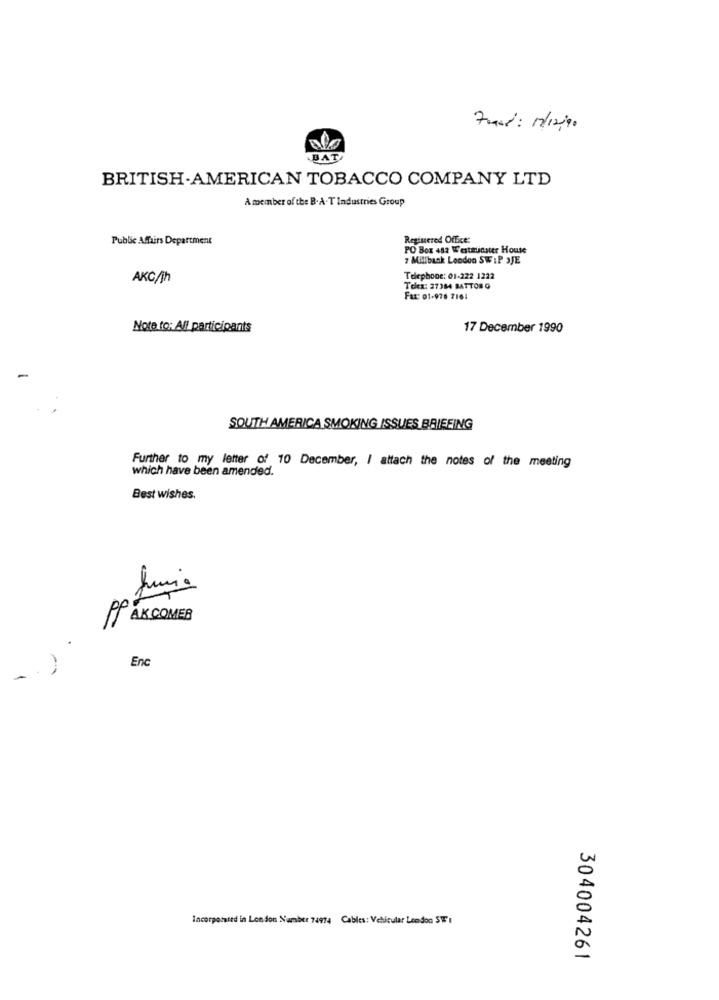
BAT
BRITISH-AMERICAN TOBACCO COMPANY LTD
A member of the B.A.T Industries Group
Public Affairs Department
Registered Office:
PO Box 482 Westelichter House
7 Millbank London SW IP SJE
AKC/jh
Telephone: 01-222 1222
Tez: 27384 BATTONO
Fax: 01-076 7161
Note to: All participants
17 December 1990
SOUTH AMERICA SMOKING ISSUES BRIEFING
Further to my letter of 10 December, I attach the notes of the meeting
which have been amended.
Best wishes.
PP
AK COMER
Enc
-
Incorporated in London Number 74974 Cables: Vehicular London STE I
304004261